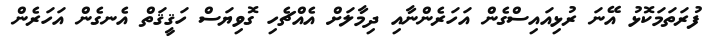
ފުރަތަމަކޮޅު އޭނަ ރުޅިއައިސްގެން އަހަރެންނާއި ދިމާލަށް އެއްޗެހި ގޮވިޔަސް ހަޤީޤަތް އެނގެން އަހަރެން